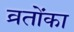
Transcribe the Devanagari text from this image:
व्रतोंका